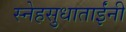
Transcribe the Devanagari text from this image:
स्नेहसुधाताईंनी